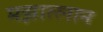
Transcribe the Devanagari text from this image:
मझात्लान